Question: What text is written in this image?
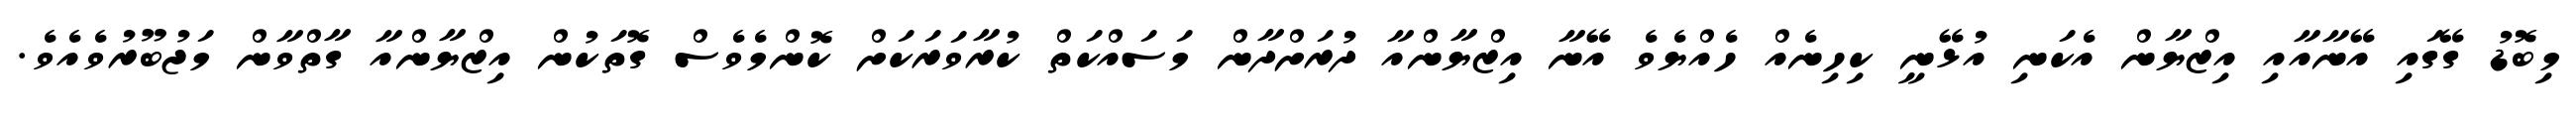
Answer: މިބޮޑު ގޭގައި އޭނާއާއި އިޒްޔާން އެކަނި އުޅޭނީ ކިހިނެއް ހެއްޔެވެ އޭނާ އިޒްޔާންއާ ދުރަށްދާން މަސައްކަތް ކުރާވަރަކަށް ކޮންމެވެސް ގޮތަކުން އިޒްޔާންއާ ގާތްވާން މަޖުބޫރުވެއެވެ.